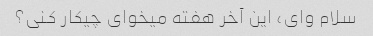
سلام وای، این آخر هفته میخوای چیکار کنی؟